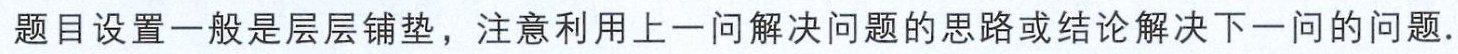
题目设置一般是层层铺垫，注意利用上一问解决问题的思路或结论解决下一问的问题.